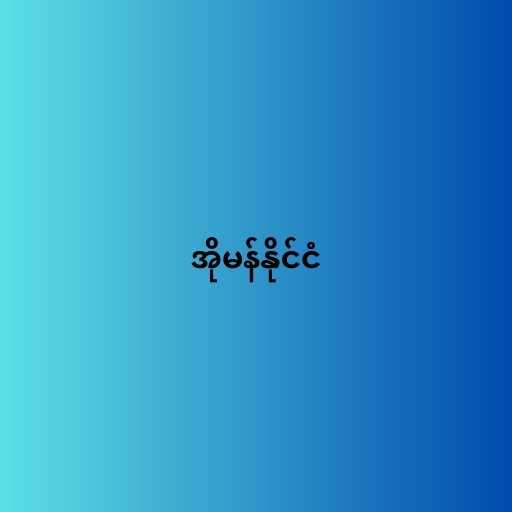
အိုမန်နိုင်ငံ